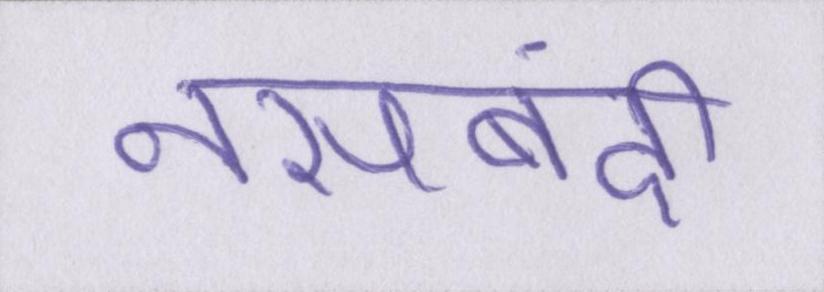
नसबंदी